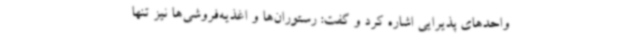
واحدهای پذیرایی اشاره کرد و گفت: رستوران‌ها و اغذیه‌فروشی‌ها نیز تنها